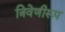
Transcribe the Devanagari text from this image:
त्रिवेणीरूप